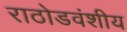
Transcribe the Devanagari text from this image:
राठोडवंशीय